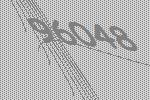
96048